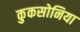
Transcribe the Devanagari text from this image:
कुकसोनिया